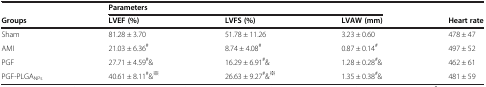
<table><thead><tr><td><b> </b></td><td colspan="3"><b>Parameters</b></td><td><b> </b></td></tr><tr><td><b>Groups</b></td><td><b>LVEF (%)</b></td><td><b>LVFS (%)</b></td><td><b>LVAW (mm)</b></td><td><b>Heart rate</b></td></tr></thead><tbody><tr><td>Sham</td><td>81.28 ± 3.70</td><td>51.78 ± 11.26</td><td>3.23 ± 0.60</td><td>478 ± 47</td></tr><tr><td>AMI</td><td>21.03 ± 6.36<sup>#</sup></td><td>8.74 ± 4.08<sup>#</sup></td><td>0.87 ± 0.14<sup>#</sup></td><td>497 ± 52</td></tr><tr><td>PGF</td><td>27.71 ± 4.59<sup>#</sup>&amp;</td><td>16.29 ± 6.91<sup>#</sup>&amp;</td><td>1.28 ± 0.28<sup>#</sup>&amp;</td><td>462 ± 61</td></tr><tr><td>PGF-PLGA<sub>NPs</sub></td><td>40.61 ± 8.11<sup>#</sup>&amp;<sup>※</sup></td><td>26.63 ± 9.27<sup>#</sup>&amp;<sup>※</sup></td><td>1.35 ± 0.38<sup>#</sup>&amp;</td><td>481 ± 59</td></tr></tbody></table>